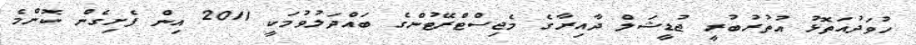
ހުވަދުއަތޮޅު އުތުރުބުރީ ޖުޑީޝަލް ދާއިރާގެ މެޖިސްޓްރޭޓުންގެ ބައްދަލުވުމަކީ 2011 އިން ފެށިގެން ކޮންމެ